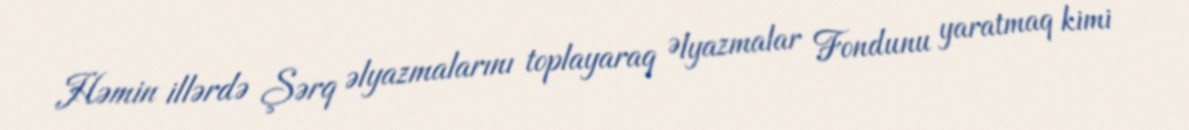
Həmin illərdə Şərq əlyazmalarını toplayaraq Əlyazmalar Fondunu yaratmaq kimi